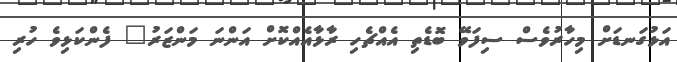
އަޅުގަނޑަށް މިހާރުވެސް ސިފަވޭ ބޮޑެތި އެއްޗެހި ރާޅާއެއްކޮށް އަންނަ މަންޒަރު" ފެންކަޅިވެ ހުރި